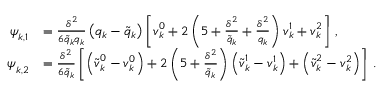
\begin{array} { r l } { { \boldsymbol { \psi } } _ { k , 1 } } & { = \frac { { \delta } ^ { 2 } } { 6 { \tilde { q } } _ { k } { q } _ { k } } \left( { q } _ { k } - { \tilde { q } } _ { k } \right) \left[ { \boldsymbol { v } } _ { k } ^ { 0 } + { 2 } \left( 5 + \frac { { \delta } ^ { 2 } } { { \tilde { q } } _ { k } } + \frac { { \delta } ^ { 2 } } { { q } _ { k } } \right) { \boldsymbol { v } } _ { k } ^ { 1 } + { \boldsymbol { v } } _ { k } ^ { 2 } \right] \, , } \\ { { \boldsymbol { \psi } } _ { k , 2 } } & { = \frac { { \delta } ^ { 2 } } { { 6 } { \tilde { q } } _ { k } } \left[ \left( { \boldsymbol { \tilde { v } } } _ { k } ^ { 0 } - { \boldsymbol { v } } _ { k } ^ { 0 } \right) + { 2 } \left( 5 + \frac { { \delta } ^ { 2 } } { { \tilde { q } } _ { k } } \right) \left( { \boldsymbol { \tilde { v } } } _ { k } ^ { 1 } - { \boldsymbol { v } } _ { k } ^ { 1 } \right) + \left( { \boldsymbol { \tilde { v } } } _ { k } ^ { 2 } - { \boldsymbol { v } } _ { k } ^ { 2 } \right) \right] \, . } \end{array}